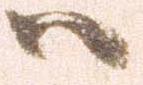
ハ